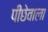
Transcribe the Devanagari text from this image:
पीछेवाला